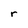
Character: r